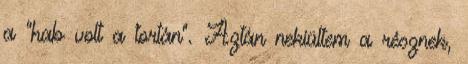
a “hab volt a tortán”. Aztán nekiültem a résznek,